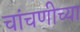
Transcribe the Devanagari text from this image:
चांचणीच्या